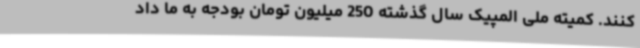
کنند. کمیته ملی المپیک سال گذشته 250 میلیون تومان بودجه به ما داد